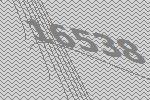
16538